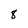
Character: 8